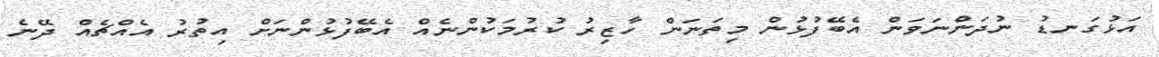
އަޅުގަނޑު ނުދަންނަވަން އެބޭފުޅުން މިތަނަން ހާޒިރު ކުރުމަކުންނެއް އެބޭފުޅުންނަށް އިތުރު އެއްޗެއް ދޭނެ